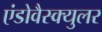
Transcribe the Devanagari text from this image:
एंडोवैस्क्युलर